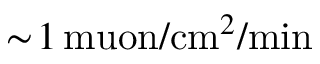
\sim \! 1 \, \mathrm { m u o n } / \mathrm { c m } ^ { 2 } / \mathrm { m i n }